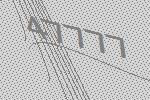
47777